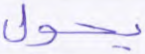
يحول